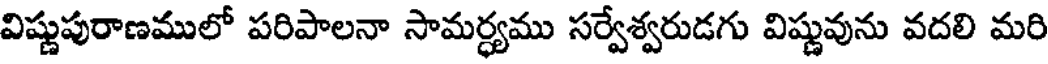
విష్ణుపురాణములో పరిపాలనా సామర్ధ్యము సర్వేశ్వరుడగు విష్ణువును వదలి మరి